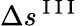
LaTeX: \Delta s^{\mathrm{~I~I~I~}}